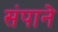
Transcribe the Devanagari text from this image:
संपाने